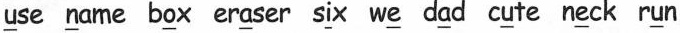
\underline{u}se \underline{n}ame b \underline{o}x er \underline{a}ser w \underline{e} d \underline{a}d c \underline{u}te n \underline{e}ck r \underline{u}n